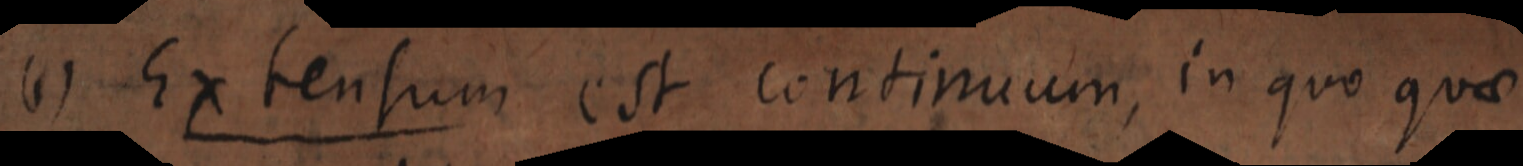
(1) Extensum est continuum, in quo quae